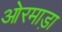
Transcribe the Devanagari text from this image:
ओरमाड़ा